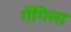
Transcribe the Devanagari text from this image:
गैंगिला